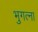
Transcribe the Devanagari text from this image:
भुगत्ना